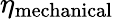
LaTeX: \eta_{\mathrm{mechanical}}